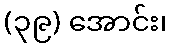
(၃၉) အောင်း၊